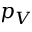
p _ { V }